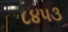
૮૪૫૩